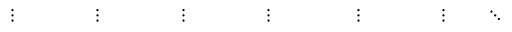
\; \; \; \; \; \; \; \; \; \; \vdots \; \; \; \; \; \; \; \; \; \; \; \; \; \; \; \; \; \vdots \; \; \; \; \; \; \; \; \; \; \; \; \; \; \; \; \; \vdots \; \; \; \; \; \; \; \; \; \; \; \; \; \; \; \; \; \vdots \; \; \; \; \; \; \; \; \; \; \; \; \; \; \; \; \; \; \vdots \; \; \; \; \; \; \; \; \; \; \; \; \; \; \; \; \; \vdots \; \; \; \; \; \; \; \; \; \ddots